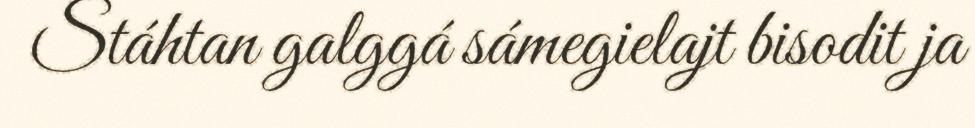
Stáhtan galggá sámegielajt bisodit ja